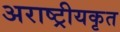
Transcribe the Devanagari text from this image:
अराष्ट्रीयकृत